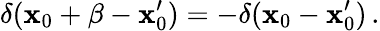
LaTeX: \delta(\mathbf{x}_{0}+\beta-\mathbf{x}_{0}^{\prime})=-\delta(\mathbf{x}_{0}-\mathbf{x}_{0}^{\prime})\, .